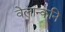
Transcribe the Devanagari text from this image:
वेलान्कनि